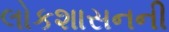
લોકશાસનની